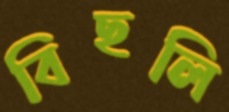
বিছলি